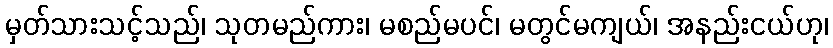
မှတ်သားသင့်သည်၊ သုတမည်ကား၊ မစည်မပင်၊ မတွင်မကျယ်၊ အနည်းငယ်ဟု၊